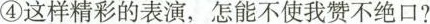
④这样精彩的表演，怎能不使我赞不绝口?